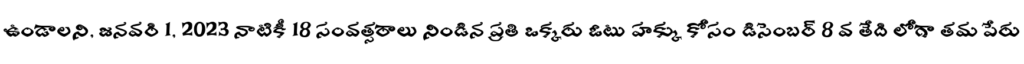
ఉండాలని, జనవరి 1, 2023 నాటికీ 18 సంవత్సరాలు నిండిన ప్రతి ఒక్కరు ఓటు హక్కు కోసం డిసెంబర్ 8 వ తేది లోగా తమ పేరు